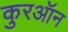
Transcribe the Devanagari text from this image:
कुरऑन